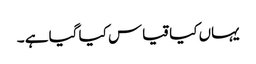
یہاں کیا قیاس کیا گیا ہے ۔